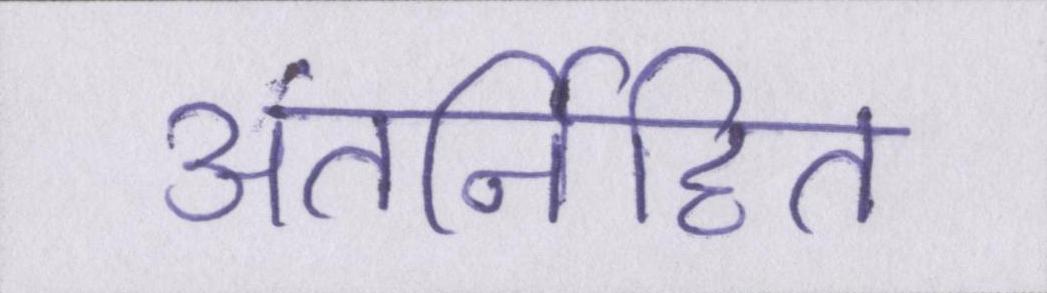
अंतर्निहित